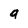
Character: a